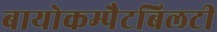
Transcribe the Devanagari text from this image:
बायोकम्पैटबिलटी